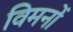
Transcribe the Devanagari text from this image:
विमनों